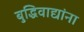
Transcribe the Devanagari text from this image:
बुद्धिवाद्यांना